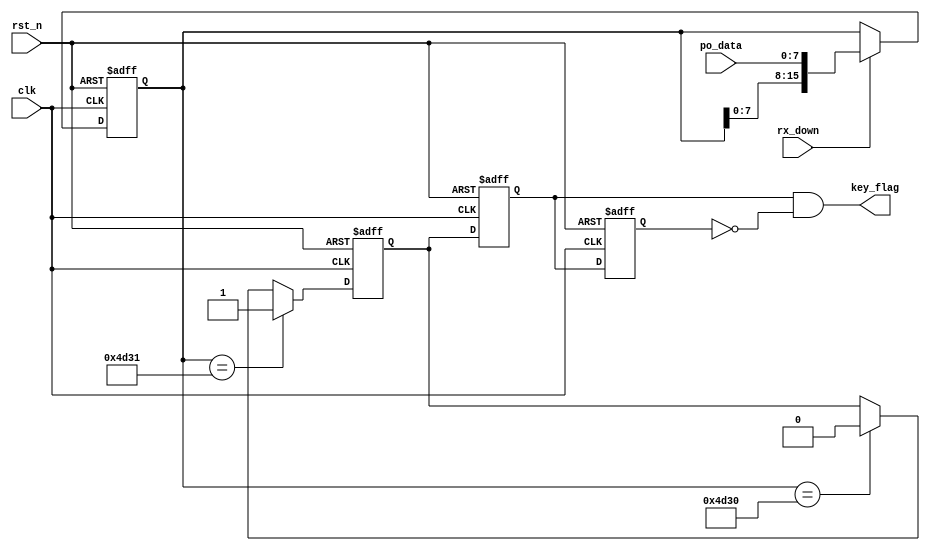
module rx_power_ly(clk,
	rst_n,
	po_data,
	rx_down,
	key_flag
    );

input clk;
input rst_n;
input [7:0]po_data;
input rx_down;
output key_flag;

parameter inst1 = "M1"; 
parameter inst2 = "M0";

reg [15:0]com1;
reg key_state;
reg temp1;
reg temp2;
assign key_flag = temp1 & (~temp2);


always @(posedge clk or negedge rst_n)
    if(!rst_n)
	    temp1 <= 0;
	else 
	    temp1 <= key_state;
		
always @(posedge clk or negedge rst_n)
    if(!rst_n)
	    temp2 <= 0;
	else 
	    temp2 <= temp1;	
		
		
always @(posedge clk or negedge rst_n)
    if(!rst_n)
	    com1 <= 0;
	else if( rx_down )
	    com1 <= {com1[7:0],po_data};
	else 
	    com1 <= com1;

//		
always @(posedge clk or negedge rst_n)
    if(!rst_n)
	    key_state <= 0;
	else if(com1 == inst1)
	    key_state <= 1;
	else if(com1 == inst2)
	    key_state <= 0;
	else 
	    key_state <= key_state;
		
endmodule